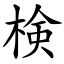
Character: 検